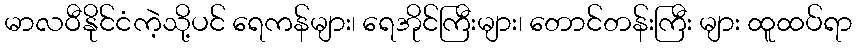
မာလဝီနိုင်ငံကဲ့သို့ပင် ရေကန်များ၊ ရေအိုင်ကြီးများ၊ တောင်တန်းကြီး များ ထူထပ်ရာ